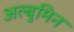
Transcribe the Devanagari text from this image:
अल्बुमिन